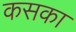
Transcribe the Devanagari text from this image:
कसका